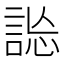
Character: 𧧴